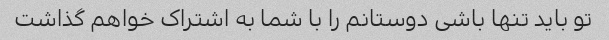
تو باید تنها باشی دوستانم را با شما به اشتراک خواهم گذاشت